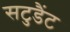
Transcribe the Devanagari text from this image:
सटुडैंट